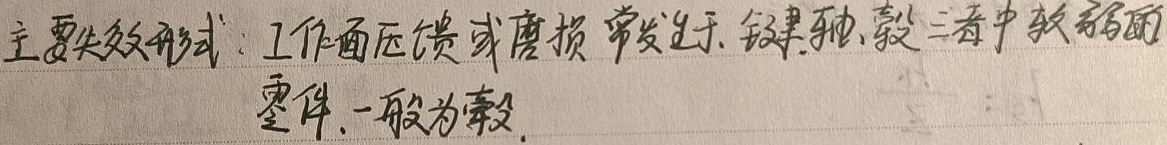
主要失效形式：工作面压溃或磨损，常发生于键、轴、毂三者中较薄弱的零件，一般为毂。